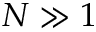
N \gg 1